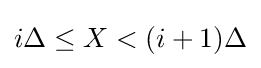
i\Delta \leq X<(i+1)\Delta